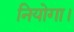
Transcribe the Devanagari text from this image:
नियोगा।